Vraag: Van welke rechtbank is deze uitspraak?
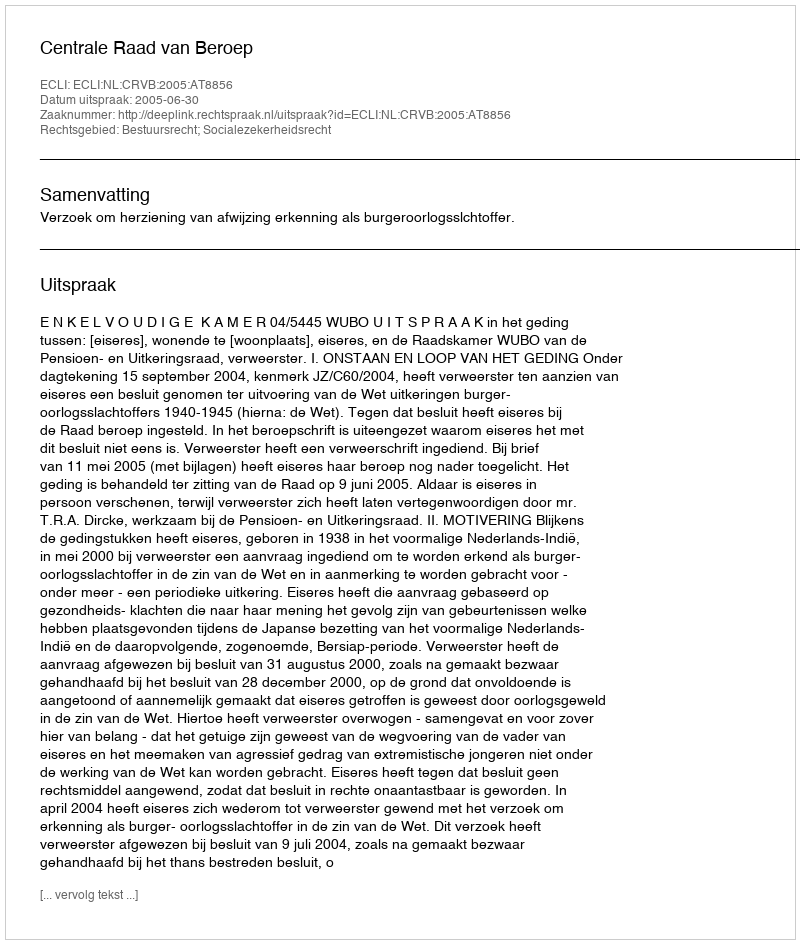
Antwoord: Centrale Raad van Beroep